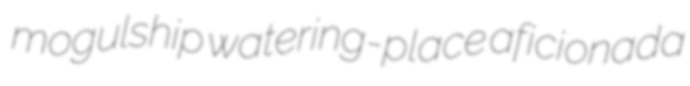
mogulship watering-place aficionada